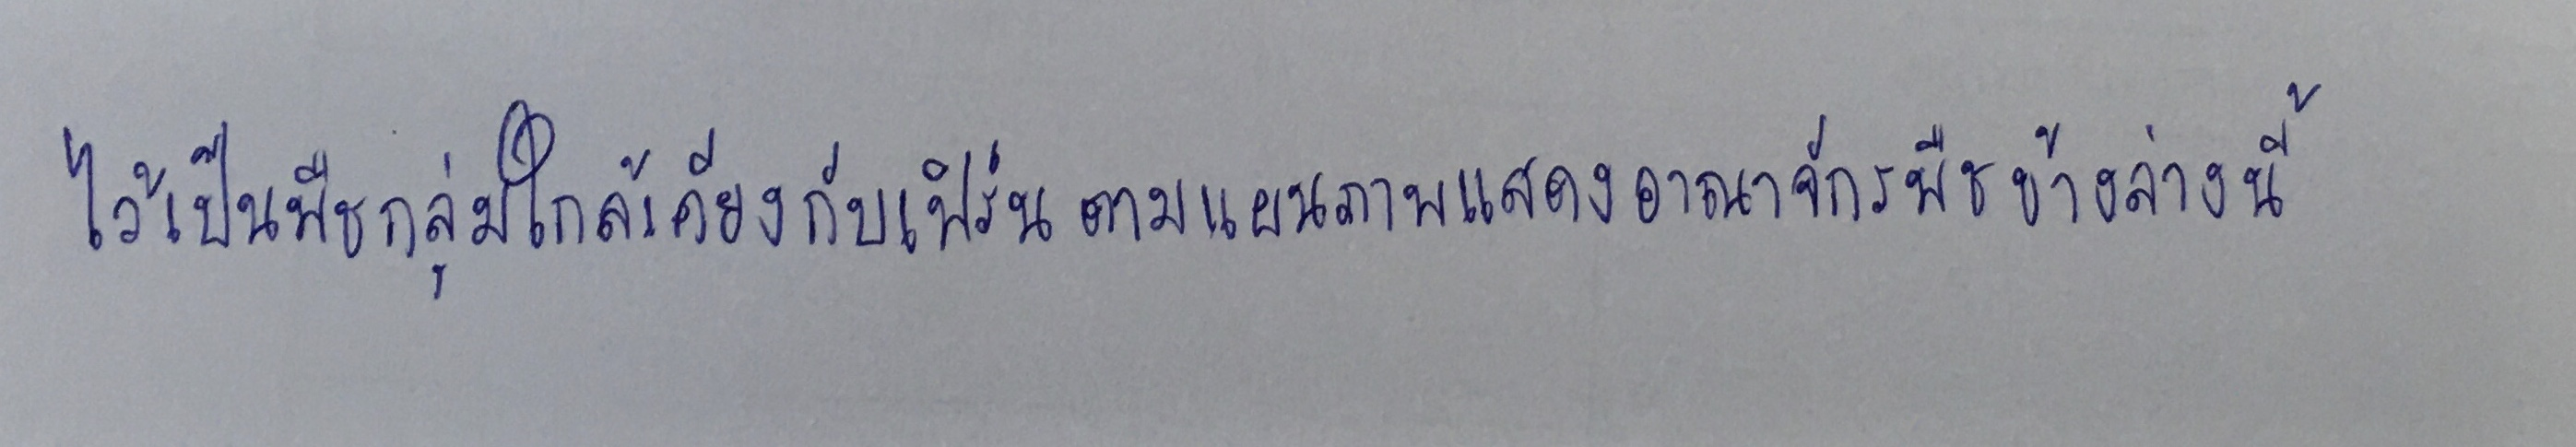
ไว้เป็นพืชกลุ่มใกล้เคียงกับเฟิร์นตามแผนภาพแสดงอาณาจักรพืชข้างล่างนี้